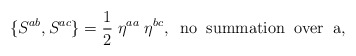
\begin{align*}\{S^{ab}, S^{ac}\} = \frac{1}{2} \; \eta^{aa}\; \eta^{bc}, \;\;{\rm no\;\; summation\;\; over\;\; a},\end{align*}